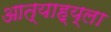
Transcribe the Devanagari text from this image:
आत्याह्य्ला